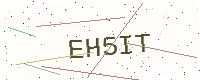
Text: EH5IT